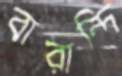
বারান্দি